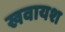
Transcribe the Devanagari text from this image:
खवायश